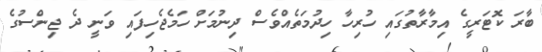
ބާރަ ކޮޓަރީގެ އިމާރާތުގައި ހުރިހާ ހިދުމަތެއްވެސް ދިނުމަށް ހަމެޖެހިފައި ވަނީ ދެ ޖިންސުގެ